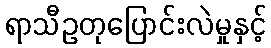
ရာသီဥတုပြောင်းလဲမှုနှင့်